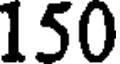
150